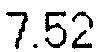
7.52